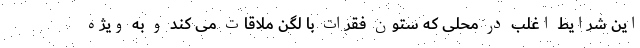
این شرایط اغلب در محلی که ستون فقرات با لگن ملاقات می کند و به ویژه